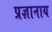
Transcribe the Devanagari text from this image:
प्रज्ञानाय